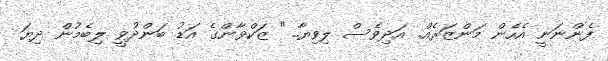
ފެންނަނީ އެހެން މަންޒަރެއް. އަދިވެސް ލިވިޔާ.." ޒަކްވާންގެ އަޑު ބަންދުވީ ލިބެމުން ދިޔަ